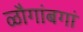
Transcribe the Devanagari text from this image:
ळौगांबगां